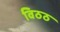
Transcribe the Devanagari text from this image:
विठठ